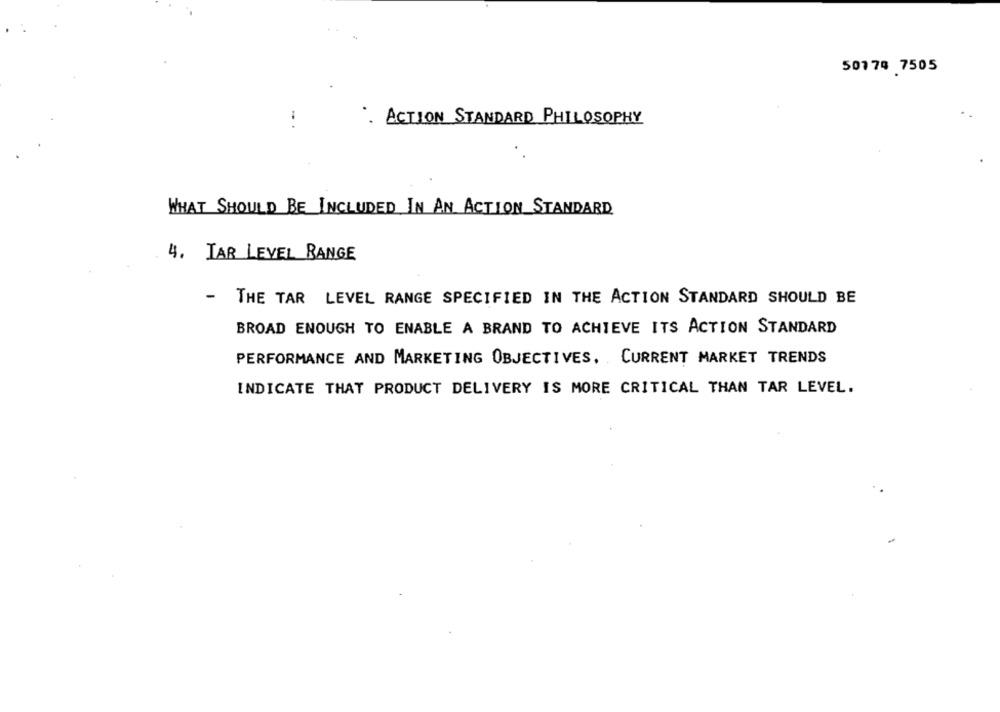
50174 7505
. ACTION STANDARD PHILOSOPHY
WHAT SHOULD BE INCLUDED IN AN ACTION STANDARD
4. TAR LEVEL RANGE
- THE TAR LEVEL RANGE SPECIFIED IN THE ACTION STANDARD SHOULD BE
BROAD ENOUGH TO ENABLE A BRAND TO ACHIEVE ITS ACTION STANDARD
PERFORMANCE AND MARKETING OBJECTIVES. CURRENT MARKET TRENDS
INDICATE THAT PRODUCT DELIVERY IS MORE CRITICAL THAN TAR LEVEL.